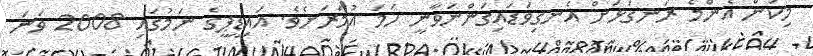
މިކަން އެންމެ ރަނގަޅަށް އެނގިވަޑައިގަންނަވާނީ ހަމަ އުމަރަށެވެ. އައިޑީޕީގެ ނަމުގައި 2008 ވަނަ